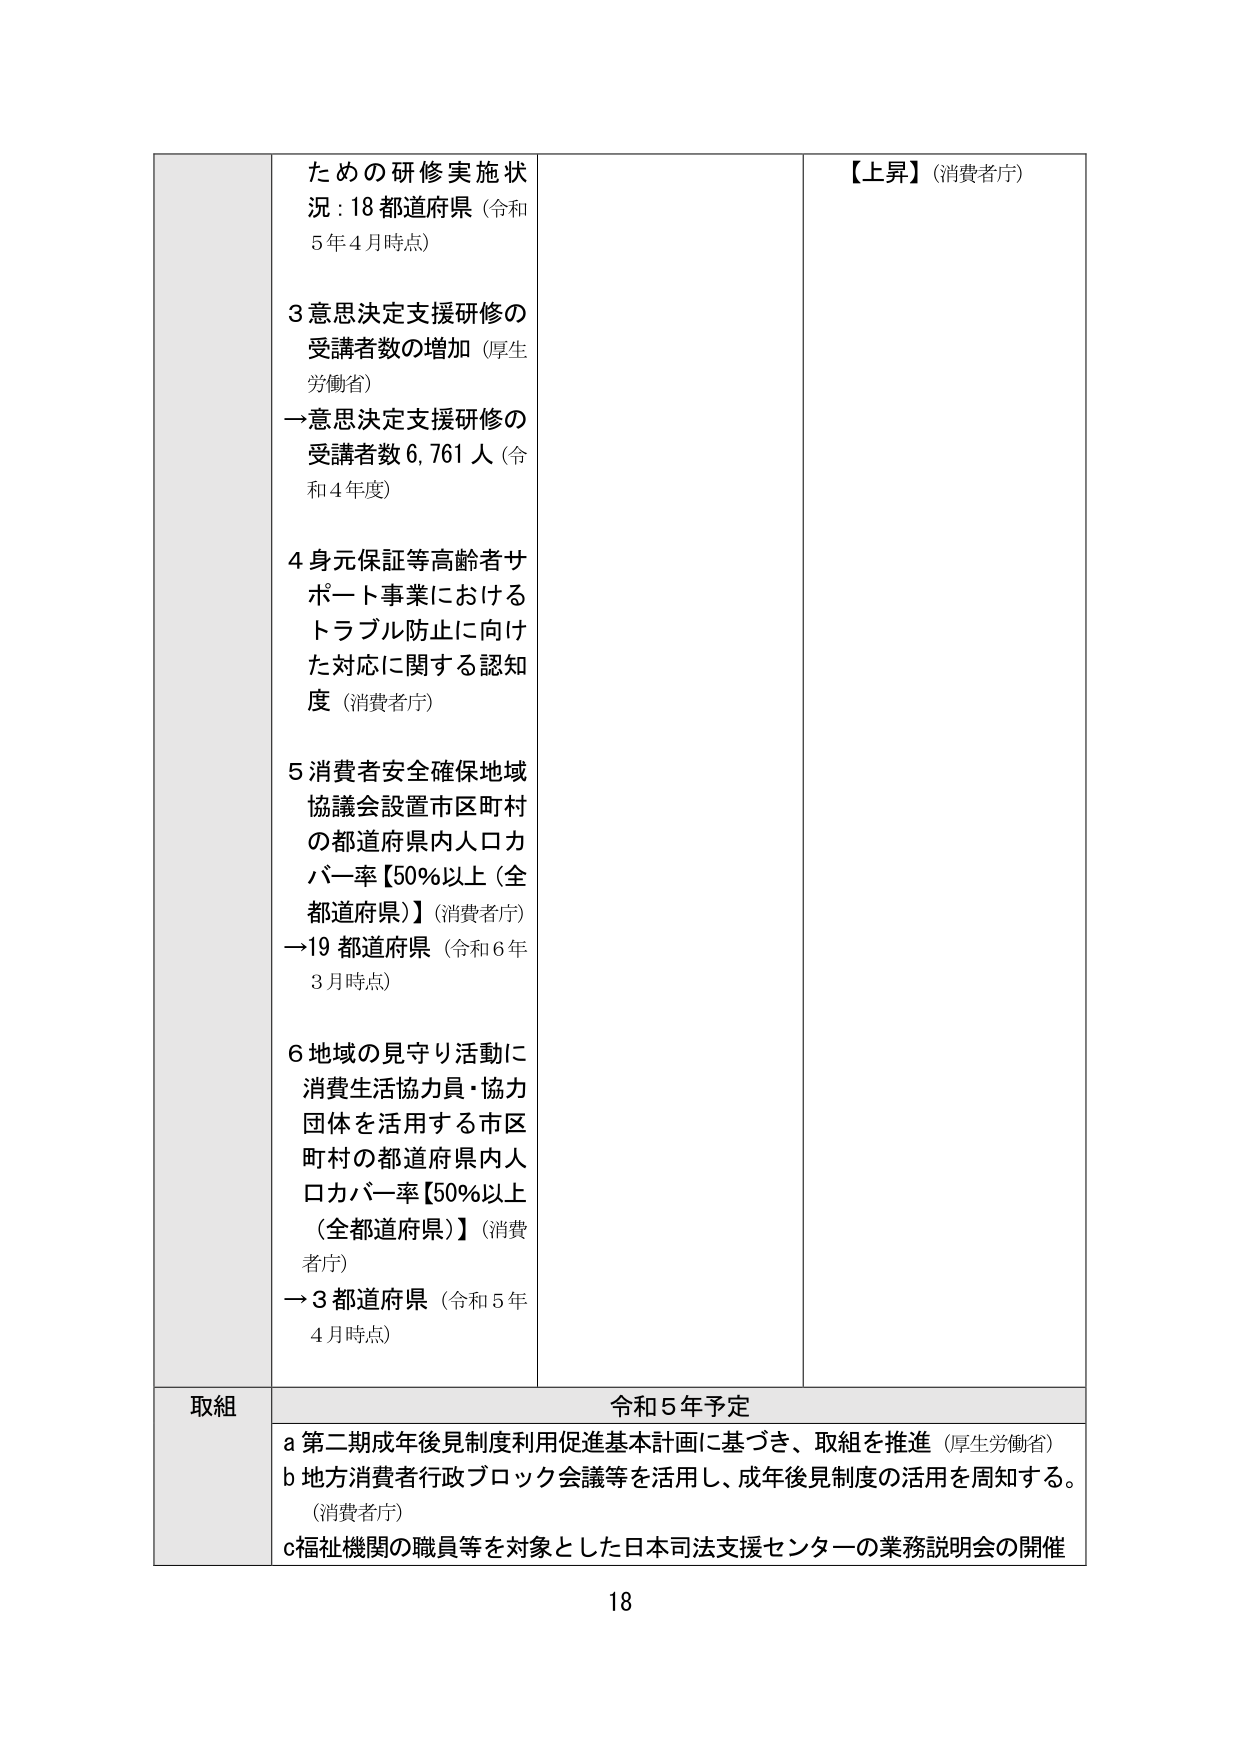
ための研修実施状況：18 都道府県（令和5 年4 月時点）

3 意思決定支援研修の受講者数の増加（厚生労働省）
→意思決定支援研修の受講者数 6,761 人（令和4 年度）

4 身元保証等高齢者サポート事業におけるトラブル防止に向けた対応に関する認知度（消費者庁）

5 消費者安全確保地域協議会設置市区町村の都道府県内人口カバー率【50％以上（全都道府県）】（消費者庁）
→19 都道府県（令和6 年3 月時点）

6 地域の見守り活動に消費生活協力員・協力団体を活用する市区町村の都道府県内人口カバー率【50％以上（全都道府県）】（消費者庁）
→3 都道府県（令和5 年4 月時点）

【上昇】（消費者庁）

取組
令和5 年予定
a 第二期成年後見制度利用促進基本計画に基づき、取組を推進（厚生労働省）
b 地方消費者行政ブロック会議等を活用し、成年後見制度の活用を周知する。（消費者庁）
c 福祉機関の職員等を対象とした日本司法支援センターの業務説明会の開催

18